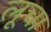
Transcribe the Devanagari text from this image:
लूचा